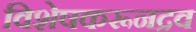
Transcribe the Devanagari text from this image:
विशेषकरूनद्रव